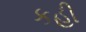
કહી